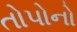
તોપોનો